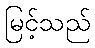
မြင့်သည်